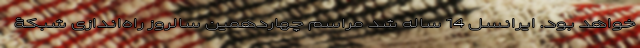
خواهد بود. ایرانسل 14 ساله شد مراسم چهاردهمین سالروز راه‌اندازی شبکۀ